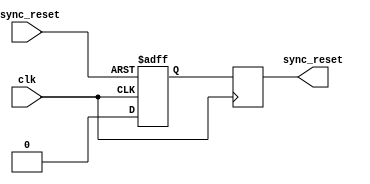
module async_reset_synchronizer (
    input wire async_reset,      // Asynchronous reset input
    input wire clk,             // Clock input
    output reg sync_reset       // Synchronized reset output
);

    // Internal signals for the two-stage synchronization
    reg sync_reset_1;           // First stage synchronized reset

    // Always block for synchronous logic
    always @(posedge clk or posedge async_reset) begin
        if (async_reset) begin
            sync_reset_1 <= 1'b1; // Assert first stage on async reset
        end else begin
            sync_reset_1 <= 1'b0; // Deassert first stage
        end
    end

    // Second stage synchronization
    always @(posedge clk) begin
        sync_reset <= sync_reset_1; // Capture the first stage output
    end

endmodule